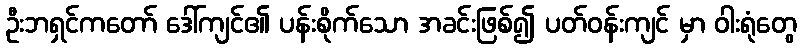
ဦးဘရှင်ကတော် ဒေါ်ကျင်၏ ပန်းစိုက်သော အခင်းဖြစ်၍ ပတ်ဝန်းကျင် မှာ ဝါးရုံတွေ